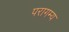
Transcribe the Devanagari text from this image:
परागम्य